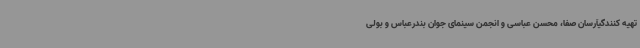
تهیه کنندگیآرسان صفا، محسن عباسی و انجمن سینمای جوان بندرعباس و بولی